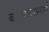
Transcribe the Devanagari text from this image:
बोलवल्याप्रमाणे